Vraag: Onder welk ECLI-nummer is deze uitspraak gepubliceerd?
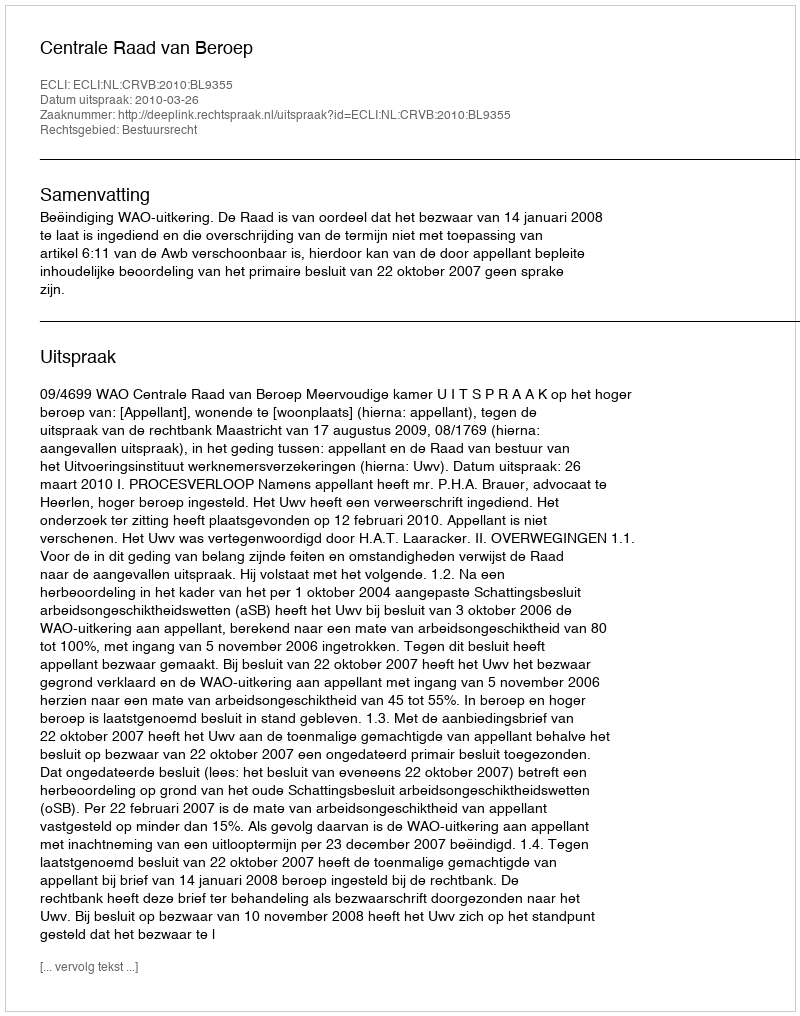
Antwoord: ECLI:NL:CRVB:2010:BL9355